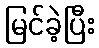
မြင်ခဲ့ပြီး